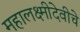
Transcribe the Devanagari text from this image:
महालक्ष्मीदेवीचे